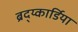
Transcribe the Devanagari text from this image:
ब्रद्य्कार्डिया